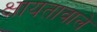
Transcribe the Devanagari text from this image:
क्षायतावाले